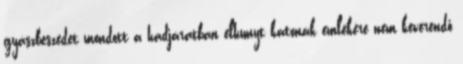
gyászbeszédet mondott a hadjáratban elhunyt katonák emlékére nem keverendő